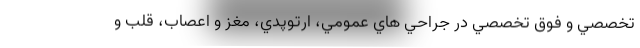
تخصصي و فوق تخصصي در جراحي هاي عمومي، ارتوپدي، مغز و اعصاب، قلب و